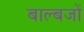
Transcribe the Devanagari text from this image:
बाल्बजों